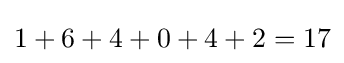
1+6+4+0+4+2=17